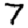
Digit: 7